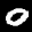
Label: 0